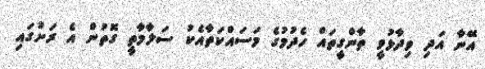
އޭނާ އަދި ވިދާޅުވީ ތާންގީތައް ހެދުމުގެ މަސައްކަތާއެކު ސަލާމާތީ ގޮތުން އެ ރަށުގައި